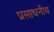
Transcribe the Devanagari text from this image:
प्रसाधनीय